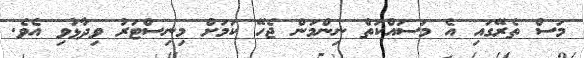
މަސް ތެރޭގައި އެ މަސައްކަތް ނިންމަން ޖެހޭ ކަމަށް މިނިސްޓަރު ވިދާޅުވި އެވެ.